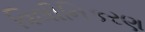
વિલીનિકરણ